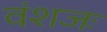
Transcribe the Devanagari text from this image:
वंशजः